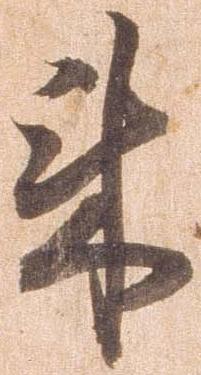
来